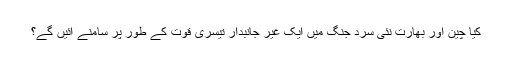
کیا چین اور بھارت نئی سرد جنگ میں ایک غیر جانبدار تیسری قوت کے طور پر سامنے آئیں گے؟